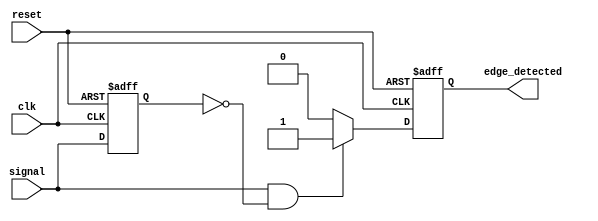
module rising_edge_detector (
    input wire clk,           // Clock input
    input wire reset,         // Asynchronous reset input
    input wire signal,        // Input signal to detect rising edge
    output reg edge_detected   // Output signal indicating rising edge
);

    reg previous_signal;      // Register to hold the previous state of the input signal

    // Always block triggered on the rising edge of the clock or asynchronous reset
    always @(posedge clk or posedge reset) begin
        if (reset) begin
            // On reset, initialize outputs and previous signal
            edge_detected <= 1'b0;
            previous_signal <= 1'b0;
        end else begin
            // Edge detection logic
            if (signal == 1'b1 && previous_signal == 1'b0) begin
                edge_detected <= 1'b1; // Rising edge detected
            end else begin
                edge_detected <= 1'b0; // No rising edge detected
            end
            
            // Update previous signal state
            previous_signal <= signal;
        end
    end

endmodule